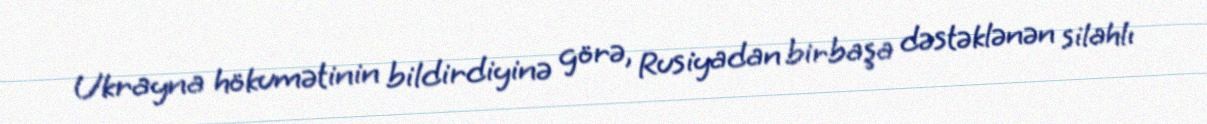
Ukrayna hökumətinin bildirdiyinə görə, Rusiyadan birbaşa dəstəklənən silahlı